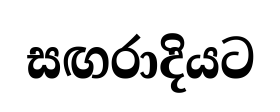
සඟරාදියට